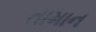
તામાન